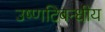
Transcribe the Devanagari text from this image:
उष्णटिबन्धीय